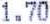
1.70